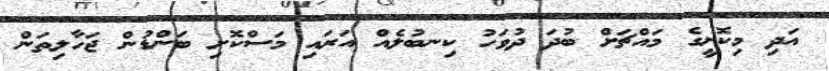
އަދި މިކޮށީގެ މައްޗަށް ބުދަ ދުވަހު ކިނބުލެއް އަރައި މަސްކޮށި ބަންޑުން ޖަހާލިތަން